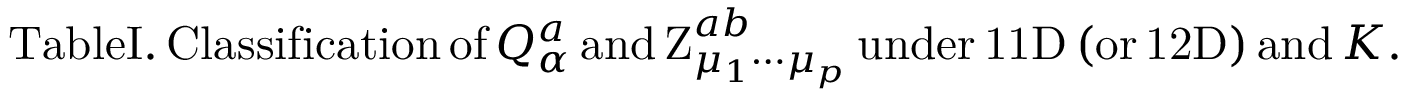
\mathrm { T a b l e I . \, C l a s s i f i c a t i o n \, o f \, } Q _ { \alpha } ^ { a } \mathrm { \, a n d \, Z } _ { \mu _ { 1 } \cdots \mu _ { p } } ^ { a b } \mathrm { \, u n d e r \, 1 1 D \, ( o r \, 1 2 D ) \, a n d \, } K \mathrm { . }